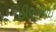
ઝીણાભાઇ